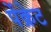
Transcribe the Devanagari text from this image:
पेंक्रेट